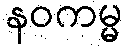
နဝကမ္မ